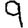
Digit: 9